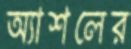
অ্যাশলের